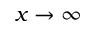
x \rightarrow \infty